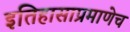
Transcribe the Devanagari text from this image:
इतिहासाप्रमाणेच